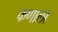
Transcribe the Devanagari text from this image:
कणाला